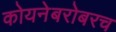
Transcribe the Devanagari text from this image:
कोयनेबरोबरच